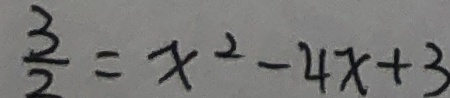
\frac { 3 } { 2 } = x ^ { 2 } - 4 x + 3